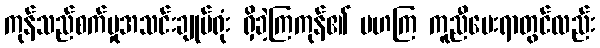
ကုန်သည်စက်မှုအသင်းချုပ်ရုံး ရှိခဲ့ကြကုန်၏ မဟကြ ကူညီပေးရာတွင်လည်း